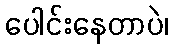
ပေါင်းနေတာပဲ၊